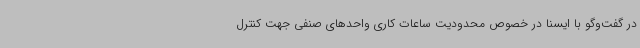
در گفت‌وگو با ایسنا در خصوص محدودیت ساعات کاری واحدهای صنفی جهت کنترل